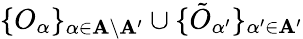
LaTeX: \{ O_{\alpha}\} _{\alpha\in\mathbf{A}\setminus\mathbf{A}^{\prime}}\cup\{ \tilde{{O}}_{\alpha^{\prime}}\} _{\alpha^{\prime}\in\mathbf{A}^{\prime}}